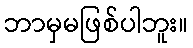
ဘာမှမဖြစ်ပါဘူး။